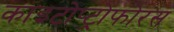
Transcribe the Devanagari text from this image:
काइटोप्ट्रोफोरस